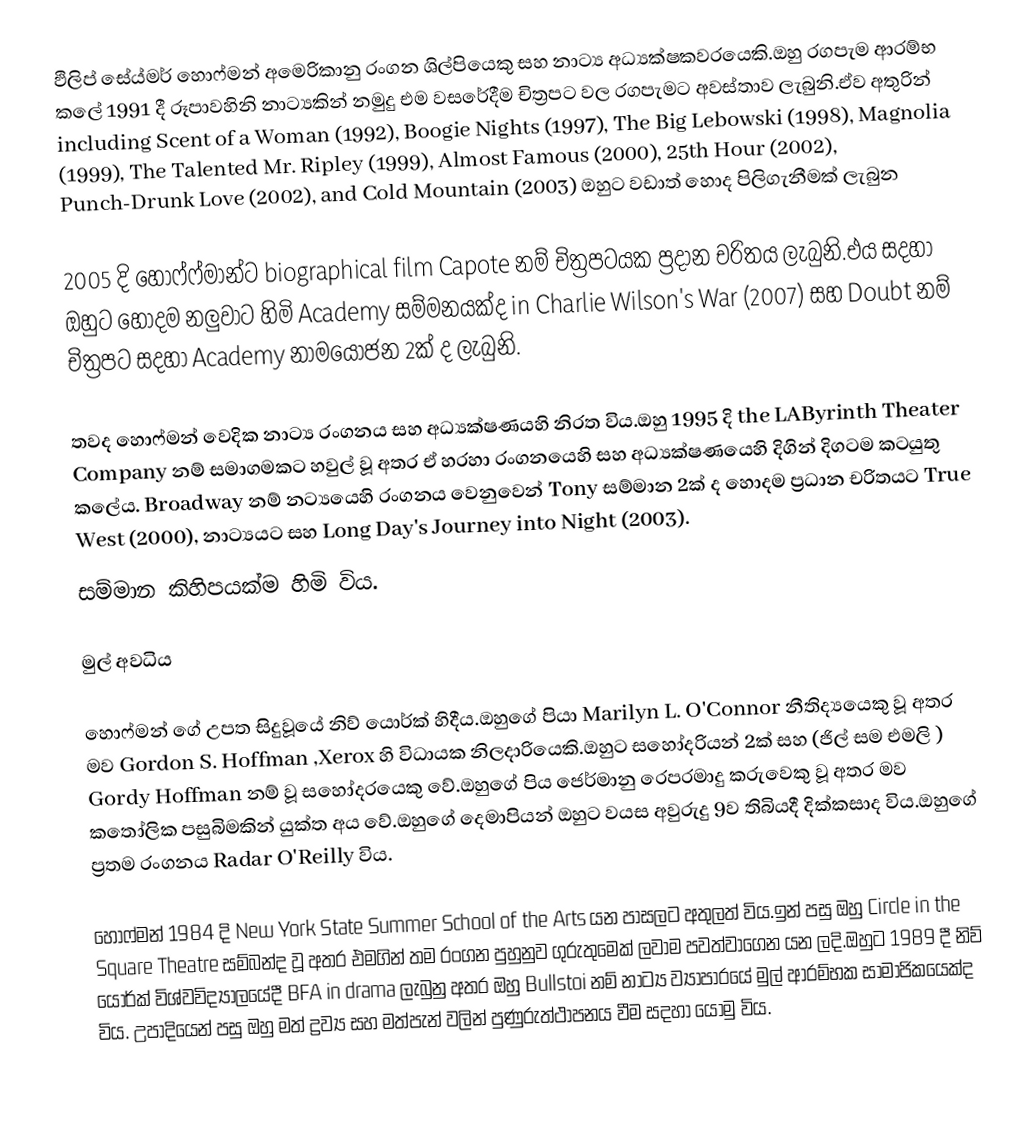
ඵිලිප් සේය්මර් හොෆ්මන් අමෙරිකානු රංගන ශිල්පියෙකු සහ නාට්‍ය  අධ්‍යක්ෂකවරයෙකි.ඔහු රගපැම ආරම්භ කලේ 1991 දී රූපාවහිනි නාට්‍යකින් නමුදු එම වසරේදීම චිත්‍රපට වල රගපැමට අවස්තාව ලැබුනි.ඒව අතුරින් including Scent of a Woman (1992), Boogie Nights (1997), The Big Lebowski (1998), Magnolia (1999), The Talented Mr. Ripley (1999), Almost Famous (2000), 25th Hour (2002), Punch-Drunk Love (2002), and Cold Mountain (2003)  ඔහුට වඩාත් හොද පිලිගැනීමක් ලැබුන

2005 දි හොෆ්ෆ්මාන්ට  biographical film Capote නම් චිත්‍රපටයක ප්‍රදාන චරිතය ලැබුනි.එය සදහා ඔහුට හොදම  නලුවාට හිමි Academy  සම්මනයක්ද in Charlie Wilson's War (2007) සහ Doubt  නම් චිත්‍රපට සදහා Academy  නාමයොජන 2ක් ද ලැබුනි.

තවද හොෆ්මන් වෙදික නාට්‍ය රංගනය සහ අධ්‍යක්ෂණයහි නිරත විය.ඔහු 1995 දි the LAByrinth Theater Company නම් සමාගමකට හවුල් වූ අතර ඒ හරහා රංගනයෙහි සහ අධ්‍යක්ෂණයෙහි  දිගින් දිගටම කටයුතු කලේය. Broadway  නම් නට්‍යයෙහි රංගනය  වෙනුවෙන්  Tony  සම්මාන 2ක් ද හොදම ප්‍රධාන චරිතයට  True West (2000), නාට්‍යයට සහ  Long Day's Journey into Night (2003).
සම්මාන කිහිපයක්ම හිමි විය.

මුල් අවධිය

හොෆ්මන් ගේ උපත සිදුවූයේ නිව් යොර්ක් හිදීය.ඔහුගේ පියා  Marilyn L. O'Connor  නීතිද්‍යයෙකු වූ අතර මව Gordon S. Hoffman ,Xerox හි විධායක නිලදාරියෙකි.ඔහුට සහෝදරියන් 2ක් සහ (ජිල් සම එමලි ) Gordy Hoffman නම් වූ සහෝදරයෙකු වේ.ඔහුගේ පිය ජෙර්මානු රෙපරමාදු කරුවෙකු වූ අතර මව කතෝලික පසුබිමකින් යුක්ත අය වේ.ඔහුගේ දෙමාපියන් ඔහුට වයස අවුරුදු 9ව තිබියදී දික්කසාද විය.ඔහුගේ ප්‍රතම රංගනය Radar O'Reilly  විය.

හොෆ්මන් 1984 දි New York State Summer School of the Arts යන පාසලට අතුලත් විය.ඉන් පසු ඔහු Circle in the Square Theatre සම්බන්ද වූ අතර එමගින් තම රංගන පුහුනුව ගුරුතුමෙක් ලවාම පවත්වාගෙන යන ලදි.ඔහුට 1989 දී නිව් යොර්ක් විශ්වවිද්‍යාලයේදී BFA  in drama  ලැබුනු අතර ඔහු  Bullstoi නම් නාට්‍ය ව්‍යාපාරයේ මුල් ආරම්භක සාමාජිකයෙක්ද විය. උපාදියෙන් පසු ඔහු මත් ද්‍රව්‍ය සහ මත්පැන් වලින් පුණුරුත්ථාපනය වීම සදහා යොමු විය.